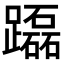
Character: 𨇒